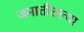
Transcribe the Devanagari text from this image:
जमातीतल्या